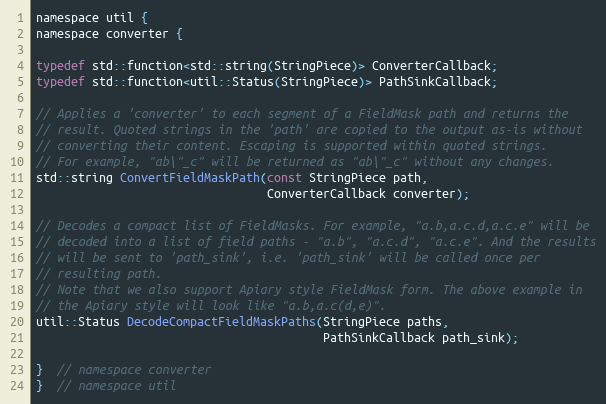
Language: C
namespace util {
namespace converter {

typedef std::function<std::string(StringPiece)> ConverterCallback;
typedef std::function<util::Status(StringPiece)> PathSinkCallback;

// Applies a 'converter' to each segment of a FieldMask path and returns the
// result. Quoted strings in the 'path' are copied to the output as-is without
// converting their content. Escaping is supported within quoted strings.
// For example, "ab\"_c" will be returned as "ab\"_c" without any changes.
std::string ConvertFieldMaskPath(const StringPiece path,
                                 ConverterCallback converter);

// Decodes a compact list of FieldMasks. For example, "a.b,a.c.d,a.c.e" will be
// decoded into a list of field paths - "a.b", "a.c.d", "a.c.e". And the results
// will be sent to 'path_sink', i.e. 'path_sink' will be called once per
// resulting path.
// Note that we also support Apiary style FieldMask form. The above example in
// the Apiary style will look like "a.b,a.c(d,e)".
util::Status DecodeCompactFieldMaskPaths(StringPiece paths,
                                         PathSinkCallback path_sink);

}  // namespace converter
}  // namespace util